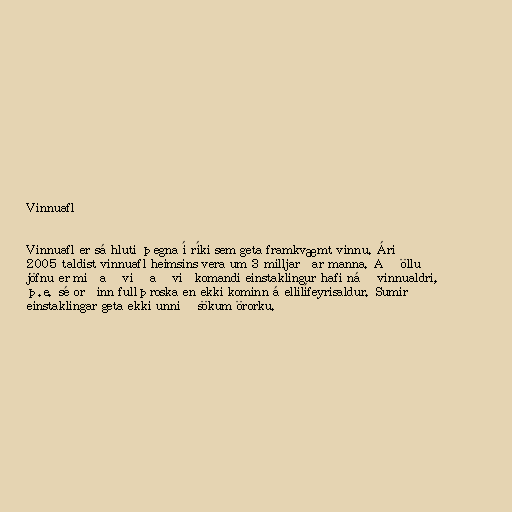
Vinnuafl

Vinnuafl er sá hluti þegna í ríki sem geta framkvæmt vinnu. Árið
2005 taldist vinnuafl heimsins vera um 3 milljarðar manna. Að öllu
jöfnu er miðað við að viðkomandi einstaklingur hafi náð vinnualdri,
þ.e. sé orðinn fullþroska en ekki kominn á ellilífeyrisaldur. Sumir
einstaklingar geta ekki unnið sökum örorku.